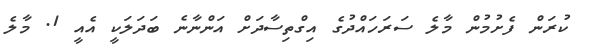
ކުރަން ފެށުމުން މާލެ ސަރަަހައްދުގެ އިގްތިސާދަށް އަންނާނެ ބަދަލަކީ އެއީ 1. މާލެ